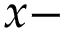
x -